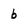
Character: b